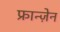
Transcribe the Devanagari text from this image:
फ्रान्ज़ेन